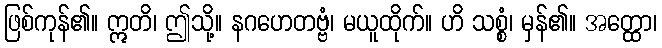
ဖြစ်ကုန်၏။ ဣတိ၊ ဤသို့။ နဂဟေတဗ္ဗံ၊ မယူထိုက်။ ဟိ သစ္စံ၊ မှန်၏။ အတ္ထော၊